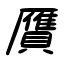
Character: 贋